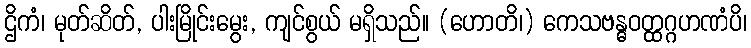
ဌိကံ၊ မုတ်ဆိတ်, ပါးမြိုင်းမွေး, ကျင်စွယ် မရှိသည်။ (ဟောတိ၊) ကေသဗန္ဓဝတ္ထဂ္ဂဟဏံပိ၊